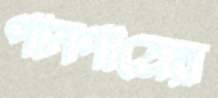
পানপাত্রের